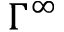
\Gamma ^ { \infty }